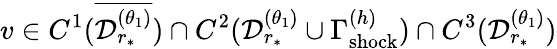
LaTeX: v\in C^{1}(\overline{{\mathcal{D}_{r_{*}}^{(\theta_{1})}}})\cap C^{2}(\mathcal{D}_{r_{*}}^{(\theta_{1})}\cup\Gamma_{\mathrm{shock}}^{(h)})\cap C^{3}(\mathcal{D}_{r_{*}}^{(\theta_{1})})